Report on sanitation, dispensaries, and jails in Rajputana for 1911, and on vaccination for the year 1911-1912 - 1911-1912
Year: 1911
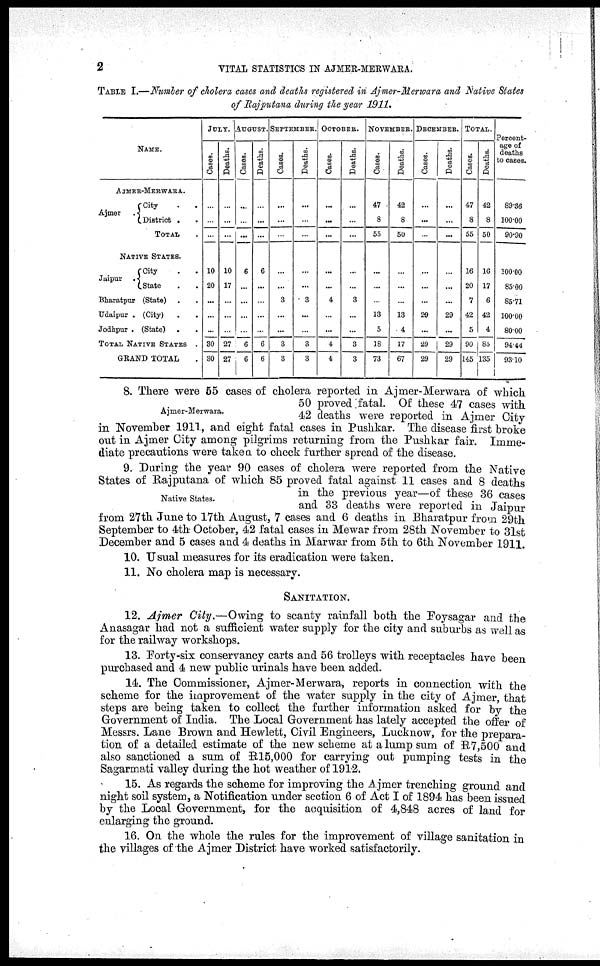
2
VITAL STATISTICS IN AJMER-MERWARA.
TABLE I.—Number of cholera cases and deaths registered in Ajmer-Merwara and Native States
of Rajputana during the year 1911.
Name.
AJMER-MERWARA.
Ajmer .
City . .
District . .
TOTAL .
NATIVE STATES.
Jaipur .
City
.
.
State . .
Bharatpur (State) . .
Udaipur . (City) . .
Jodhpur . (State) . .
TOTAL NATIVE STATES .
GRAND TOTAL .
JULY.
Cases.
...
...
...
10
20
...
...
...
30
30
Deaths.
...
...
...
10
17
...
...
...
27
27
AUGUST.
Cases.
...
...
...
6
...
...
...
...
6
6
Deaths.
...
...
...
6
...
...
...
...
6
6
SEPTEMBER.
Cases.
...
...
...
...
...
3
...
...
3
3
Deaths.
...
...
...
...
...
3
...
...
3
3
OCTOBER.
Cases.
...
...
...
...
...
4
...
...
4
4
Deaths.
...
...
...
...
...
3
...
...
3
3
NOVEMBER.
Cases.
47
8
55
...
...
...
13
5
18
73
Deaths.
42
8
50
...
...
...
13
4
17
67
DECEMBER.
Cases.
...
...
...
...
...
...
29
...
29
29
Deaths.
...
...
...
...
...
...
29
...
29
29
TOTAL.
Cases.
47
8
55
16
20
7
42
5
90
145
Deaths.
42
8
50
16
17
6
42
4
85
135
Percent-
age of
deaths
to cases.
89.36
100.00
90.90
100.00
85.00
85.71
100.00
80.00
94.44
93.10
Ajmer-Merwara.
8. There were 55 cases of cholera reported in Ajmer-Merwara of which
50 proved fatal. Of these 47 cases with
42 deaths were reported in Ajmer City
in November 1911, and eight fatal cases in Pushkar. The disease first broke
out in Ajmer City among pilgrims returning from the Pushkar fair. Imme-
diate precautions were taken to check further spread of the disease.
Native States.
9. During the year 90 cases of cholera were reported from the Native
States of Rajputana of which 85 proved fatal against 11 cases and 8 deaths
in the previous year—of these 36 cases
and 33 deaths were reported in Jaipur
from 27th June to 17th August, 7 cases and 6 deaths in Bharatpur from 29th
September to 4th October, 42 fatal cases in Mewar from 28th November to 31st
December and 5 cases and 4 deaths in Marwar from 5th to 6th November 1911.
10. Usual measures for its eradication were taken.
11. No cholera map is necessary.
SANITATION.
12. Ajmer City.—Owing to scanty rainfall both the Foysagar and the
Anasagar had not a sufficient water supply for the city and suburbs as well as
for the railway workshops.
13. Forty-six conservancy carts and 56 trolleys with receptacles have been
purchased and 4 new public urinals have been added.
14. The Commissioner, Ajmer-Merwara, reports in connection with the
scheme for the improvement of the water supply in the city of Ajmer, that
steps are being taken to collect the further information asked for by the
Government of India. The Local Government has lately accepted the offer of
Messrs. Lane Brown and Hewlett, Civil Engineers, Lucknow, for the prepara-
tion of a detailed estimate of the new scheme at a lump sum of R7,500 and
also sanctioned a sum of R15,000 for carrying out pumping tests in the
Sagarmati valley during the hot weather of 1912.
15. As regards the scheme for improving the Ajmer trenching ground and
night soil system, a Notification under section 6 of Act I of 1894 has been issued
by the Local Government, for the acquisition of 4,848 acres of land for
enlarging the ground.
16. On the whole the rules for the improvement of village sanitation in
the villages of the Ajmer District have worked satisfactorily.